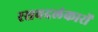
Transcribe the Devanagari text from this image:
रसवदलंकारों